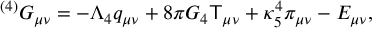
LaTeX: { } ^ { ( 4 ) } G _ { \mu \nu } = - \Lambda _ { 4 } q _ { \mu \nu } + 8 \pi G _ { 4 } { \sf T } _ { \mu \nu } + \kappa _ { 5 } ^ { 4 } \pi _ { \mu \nu } - E _ { \mu \nu } ,